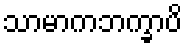
သာမာကဘက္ခာပိ